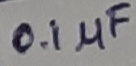
Text: 0.1µF